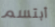
أبتسم